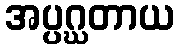
အပ္ပဂ္ဃတာယ